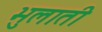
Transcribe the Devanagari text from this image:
भुलाती